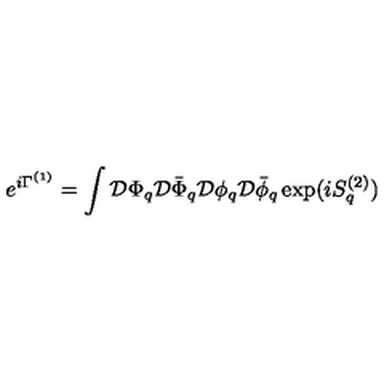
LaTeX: e ^ { i \Gamma ^ { ( 1 ) } } = \int { \cal D } \Phi _ { q } { \cal D } \bar { \Phi } _ { q } { \cal D } \phi _ { q } { \cal D } \bar { \phi } _ { q } \exp ( i S _ { q } ^ { ( 2 ) } )